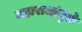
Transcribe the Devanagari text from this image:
महाराजांमुळे